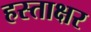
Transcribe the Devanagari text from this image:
हस्‍ताक्षर